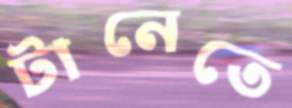
টানেতে